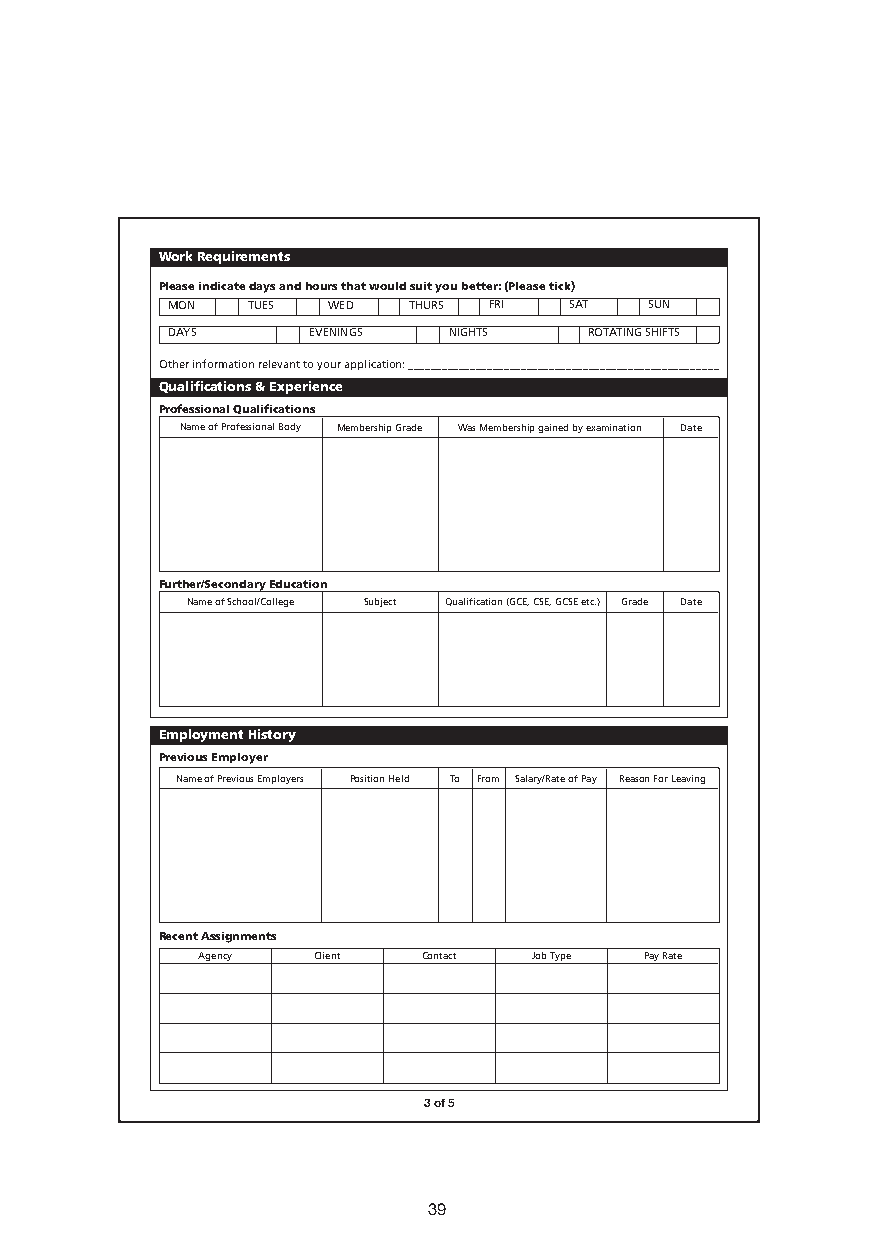
Work requirements
 Please indicate days and hours that would suit you better: (Please tick)
 MON  TUES  WED  THURS FRI  SAT  SUN
 DAYS     EVENINGS  NIGHTS   ROTATING SHIFTS
 Other information relevant to your application: _______________________________________________________
 Qualifications & experience
 Professional Qualifications
 Name of Professional Body Membership Grade Was Membership gained by examination Date
 Further/secondary education
 Name of School/College Subject Qualification (GCE, CSE, GCSE etc.) Grade Date
 employment History
 Previous employer
 Name of Previous Employers Position Held To From Salary/Rate of Pay Reason For Leaving
 recent assignments
 Agency  Client Contact Job Type Pay Rate
 3 of 5
 39